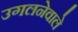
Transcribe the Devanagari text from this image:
उगलनेवाले